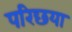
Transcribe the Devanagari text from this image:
परिछया